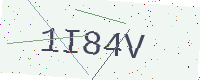
Text: 1I84V